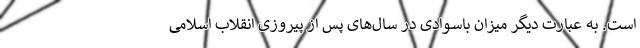
است. به عبارت دیگر میزان باسوادی در سال‌های پس از پیروزی انقلاب اسلامی